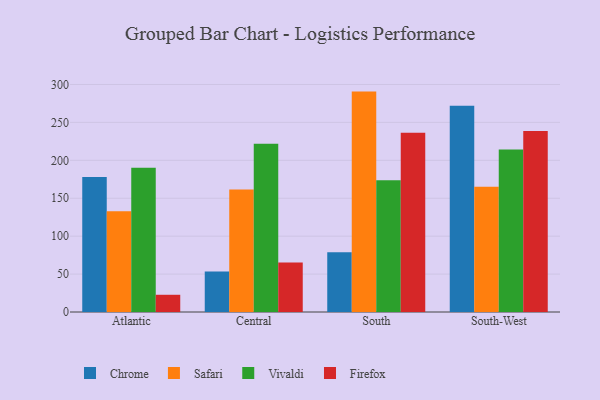
{"axis": {"x": "Region", "y": "Churn Rate (%)"}, "legend": ["Chrome", "Firefox", "Safari", "Vivaldi"], "data": [{"x": "Atlantic", "y": 177.9, "type": "Chrome"}, {"x": "Atlantic", "y": 132.8, "type": "Safari"}, {"x": "Atlantic", "y": 190.2, "type": "Vivaldi"}, {"x": "Atlantic", "y": 22.7, "type": "Firefox"}, {"x": "Central", "y": 53.4, "type": "Chrome"}, {"x": "Central", "y": 161.5, "type": "Safari"}, {"x": "Central", "y": 221.9, "type": "Vivaldi"}, {"x": "Central", "y": 65.2, "type": "Firefox"}, {"x": "South", "y": 78.9, "type": "Chrome"}, {"x": "South", "y": 290.6, "type": "Safari"}, {"x": "South", "y": 173.7, "type": "Vivaldi"}, {"x": "South", "y": 236.4, "type": "Firefox"}, {"x": "South-West", "y": 271.9, "type": "Chrome"}, {"x": "South-West", "y": 165.3, "type": "Safari"}, {"x": "South-West", "y": 214.2, "type": "Vivaldi"}, {"x": "South-West", "y": 238.6, "type": "Firefox"}]}